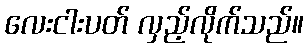
လေးငါးပတ် လှည့်လိုက်သည်။